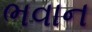
ભવાન